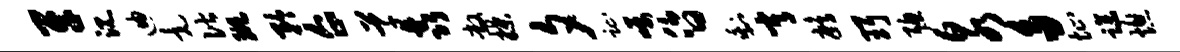
牙沉迪竟偕斑矜企草鑫敞揲夕趾嘱昏剩常鹧珥聪泉多址躁熄